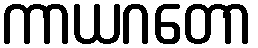
ကာယဂတော